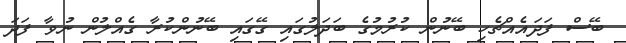
ބޭސް ފަދައެއްޗެހި ބޭނުން ކުރުމުގެ ބަދަލުގައި ގޭގައި ބޭނުންކުރާ ގެއްލުން ނުވާ ފަދަ